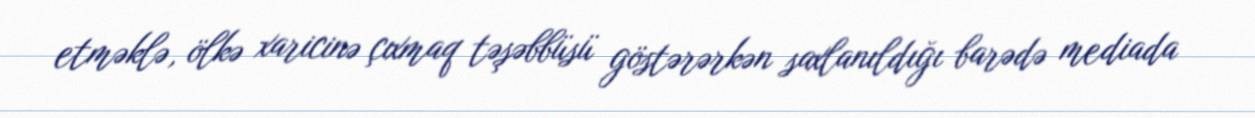
etməklə, ölkə xaricinə çıxmaq təşəbbüsü göstərərkən saxlanıldığı barədə mediada